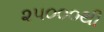
૨૫૦૦૦થી